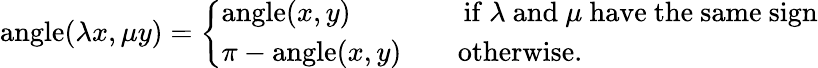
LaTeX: \operatorname{angle}(\lambda x,\mu y)={\left\{ \begin{array}{ll}{\operatorname{angle}(x,y)\qquad\qquad{\mathrm{if~}}\lambda{\mathrm{~and~}}\mu{\mathrm{~have~the~same~sign}}}\\ {\pi-\operatorname{angle}(x,y)\qquad{\mathrm{otherwise}}.}\end{array}\right.}